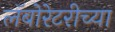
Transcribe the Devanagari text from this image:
लॅबोरेटरीच्या